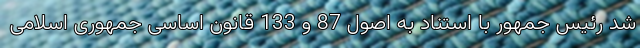
شد رئیس جمهور با استناد به اصول 87 و 133 قانون اساسی جمهوری اسلامی